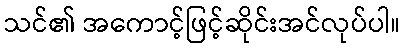
သင်၏ အကောင့်ဖြင့်ဆိုင်းအင်လုပ်ပါ။